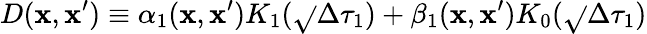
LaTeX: D(\mathbf{x},\mathbf{x}^{\prime})\equiv\alpha_{1}(\mathbf{x},\mathbf{x}^{\prime})K_{1}(\sqrt{}{{\Delta\tau_{1}}})+\beta_{1}(\mathbf{x},\mathbf{x}^{\prime})K_{0}(\sqrt{}{{\Delta\tau_{1}}})